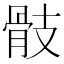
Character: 𩨝